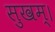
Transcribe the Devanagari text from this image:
सुखम्।